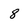
Character: 8